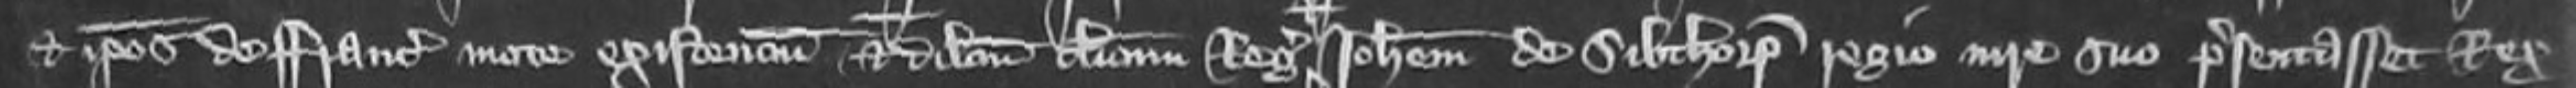
et ipsos de Francie mote existencium et dilectum clericum Regis et Johannem de Sibthorp Regio iure suo presentasset Rex